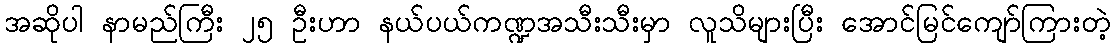
အဆိုပါ နာမည်ကြီး ၂၅ ဦးဟာ နယ်ပယ်ကဏ္ဍအသီးသီးမှာ လူသိများပြီး အောင်မြင်ကျော်ကြားတဲ့